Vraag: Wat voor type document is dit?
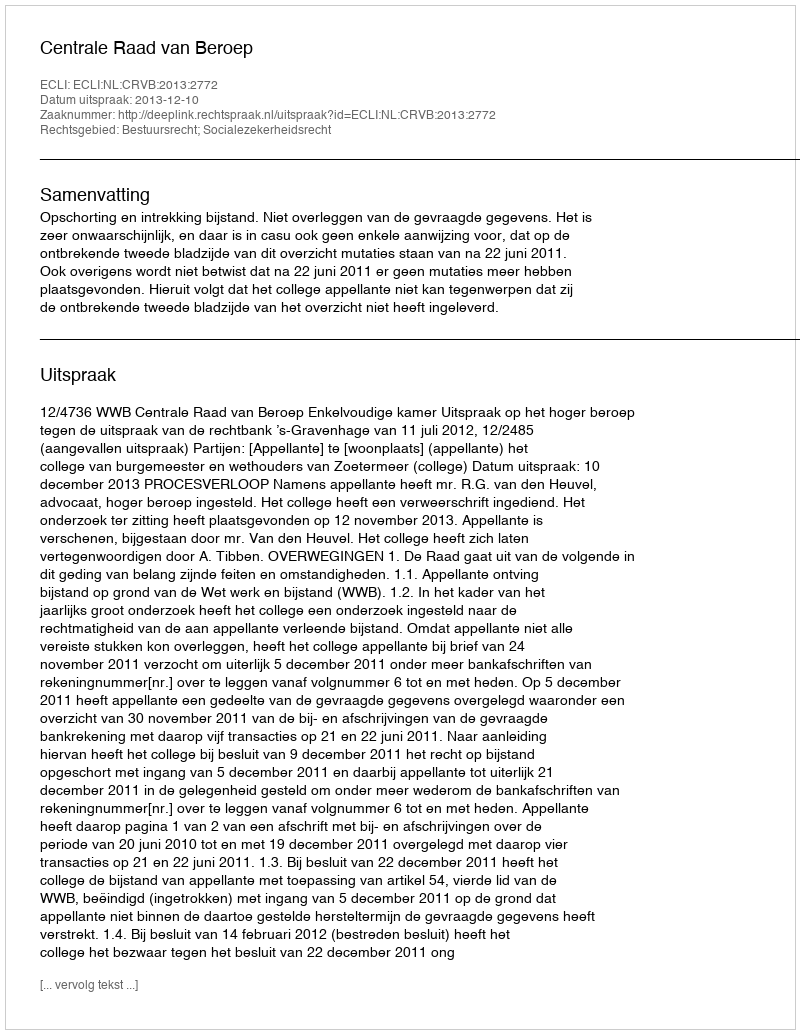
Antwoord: Uitspraak